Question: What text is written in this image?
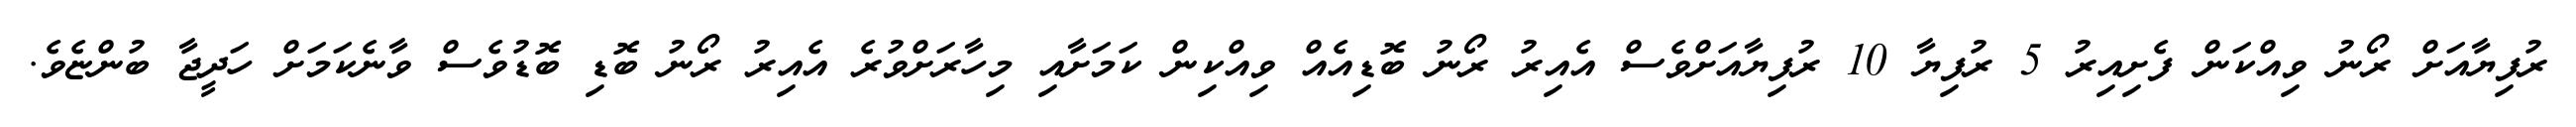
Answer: ރުފިޔާއަށް ރޯނު ވިއްކަން ފެށިއިރު 5 ރުފިޔާ 10 ރުފިޔާއަށްވެސް އެއިރު ރޯނު ބޮޑިއެއް ވިއްކިން ކަމަށާއި މިހާރަށްވުރެ އެއިރު ރޯނު ބޮޑި ބޮޑުވެސް ވާނެކަމަށް ހަދީޖާ ބުންޏެވެ.